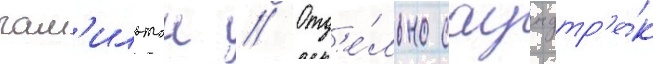
гам'ильтон // Отд'е́льно саундтр'е́к